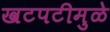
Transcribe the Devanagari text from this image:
खटपटीमुळे